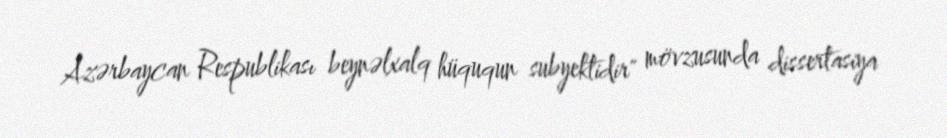
Azərbaycan Respublikası beynəlxalq hüququn subyektidir" mövzusunda dissertasiya